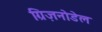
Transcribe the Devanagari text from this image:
ग्रिज़नोडेल